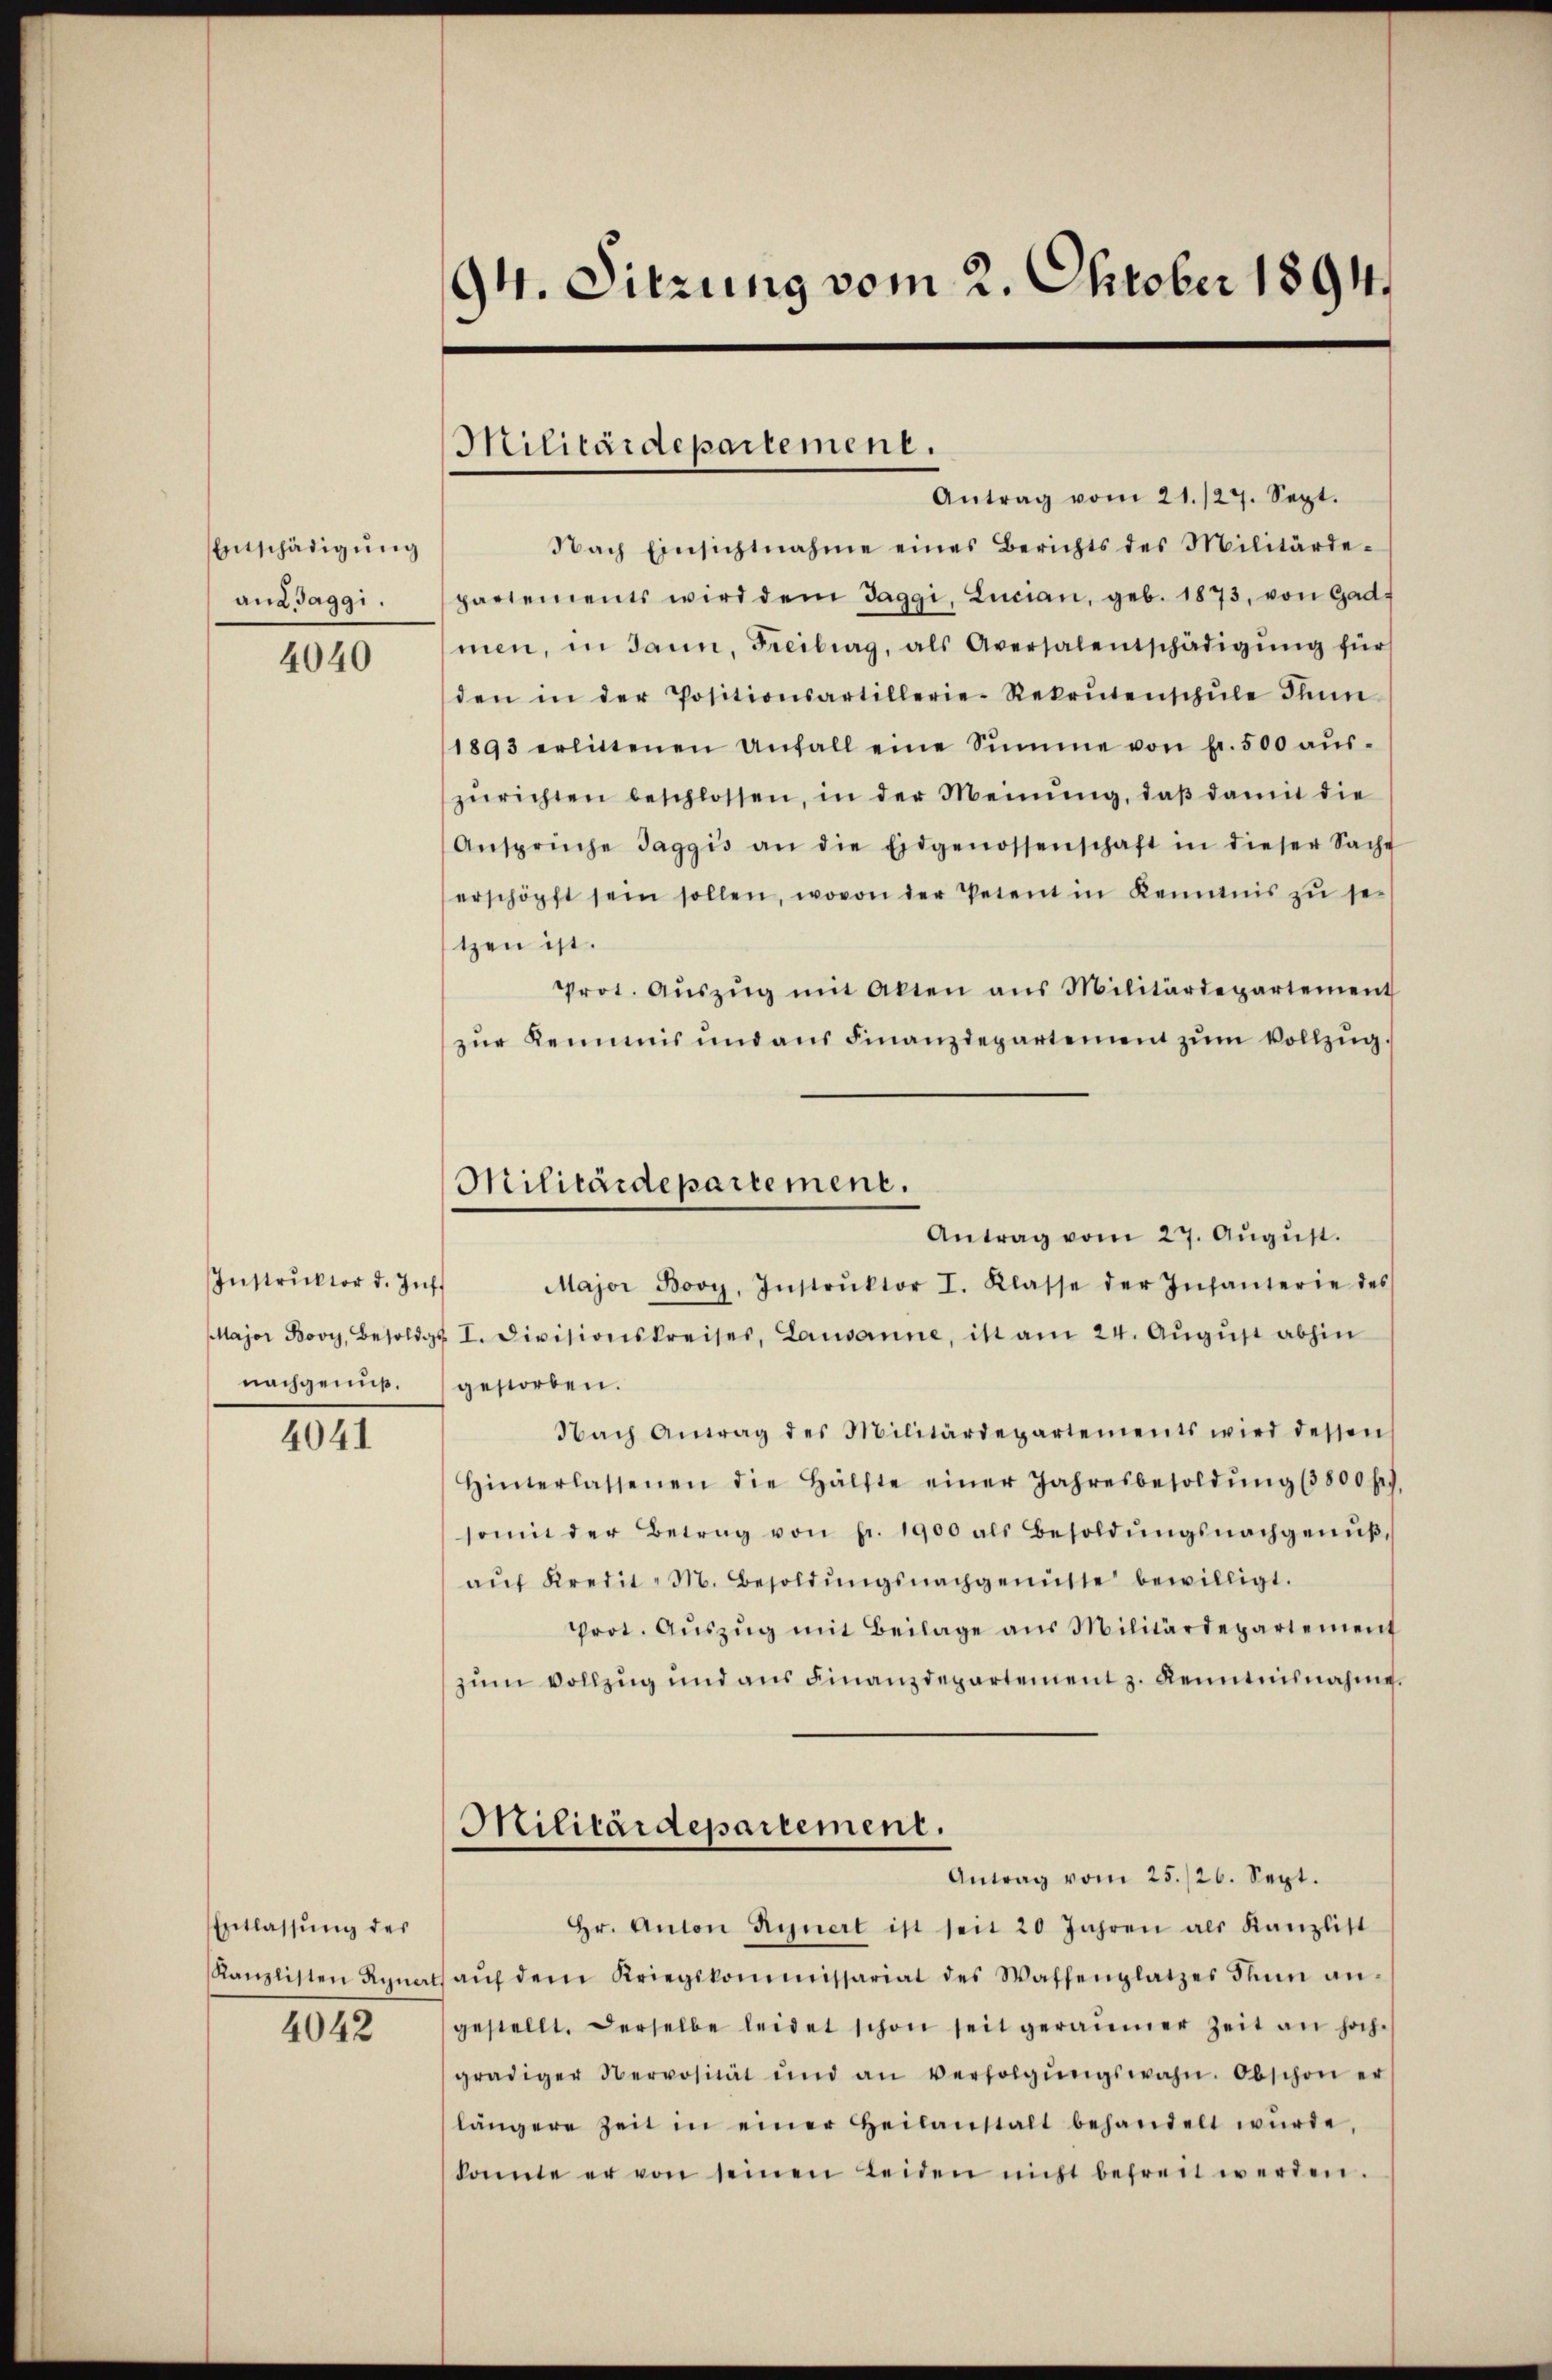
Entschädigung
aud Jaggi.

4040

Instruktor d. Zuf
Major Bovy, Besoldg
nachgenuß.

4041

Entlassung des
Kanzlisten Ryner
4042

94. Sitzung vom 2. Oktober 1894

Militärdepartement.

Militärdepartement.

Antrag vom 21./27. Sept.
Nach Einsichtnahme eines Berichts des Militärde-
partements wird dem Jaggi, Lucian, geb. 1873, von Gad
men, in dann, Freiburg, als Aversalentschädigŭng für
den in der Positionsartillerie-Rekrutenschŭle Thun
1893 erlittenen Anfall eine Summe von fr. 500 aŭs-
zŭrichten beschlossen, in der Meinŭng, daβ damit die
Ansprüche Jaggis an die Eidgenossenschaft in dieser Sache
erschöpft sein sollen, wovon der Petent in Kenntnis zŭ se-
tzen ist.
Prot. Aŭszŭg mit Akten aus Militärdepartement
zur Kemnis und aus Finanzdepartement zum Vollzug.
Antrag vom 27. Aŭgŭst.
Major Bovy, Instrŭktor I. Klasse der Infanterie des
§ I. Divisionskreises, Lausanne, ist am 24. Aŭgŭst abhin
gestorben.
Nach Antrag des Militärdepartements wird dessen
Hinterlassenen die Hälfte einer Jahresbesoldŭng (3800 fl.
sonin der Betrag von fr. 1900 als Besoldŭngsnachgenŭβ,
aŭf Kredit- M. Besoldŭngsnachgenüsse bewilligt.
prot. Aŭszŭg mit Beilage aus Militärdepartement
zum Vollzug und aus Finanzdepartement z. Kenntnisnahme.
Militärdepartement.
Antrag vom 25./26. Sept.
Hr. Anton Rynert ist seit 20 Jahren als Kanzlist
aŭf dem Kriegskommissariat des Waffenplatzes denn an-
gestellt. Derselbe leidet schon seit geräumer Zeit an hoch-
grädiger Servosität und an verfolgŭngswahn. Obschon er
längere Zeit in einer Heilanstalt behandelt wŭrde,
konnte er von seinen Leiden nicht befreit werden.